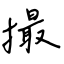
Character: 撮